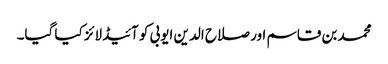
محمد بن قاسم اور صلاح الدین ایوبی کو آئیڈلائز کیا گیا۔